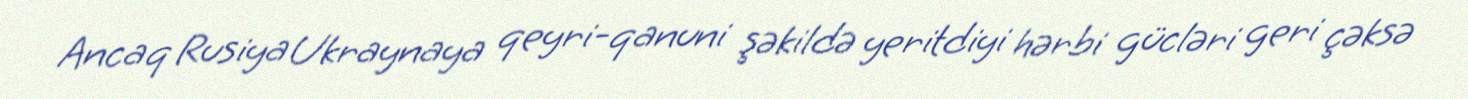
Ancaq Rusiya Ukraynaya qeyri-qanuni şəkildə yeritdiyi hərbi gücləri geri çəksə